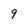
Character: 9